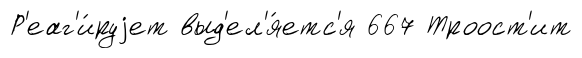
Р'еаг'и́руjет выд'ел'я́етс'я 667 Троост'ит